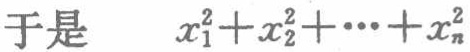
于是 \(x_{1}^{2}+x_{2}^{2}+\cdots +x_{n}^{2}\)